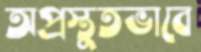
অপ্রস্তুতভাবে